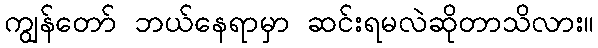
ကျွန်တော် ဘယ်နေရာမှာ ဆင်းရမလဲဆိုတာသိလား။